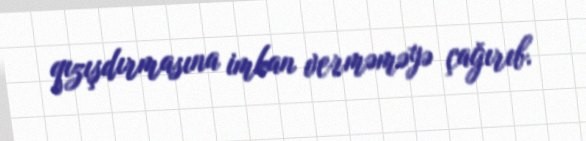
qızışdırmasına imkan verməməyə çağırıb.